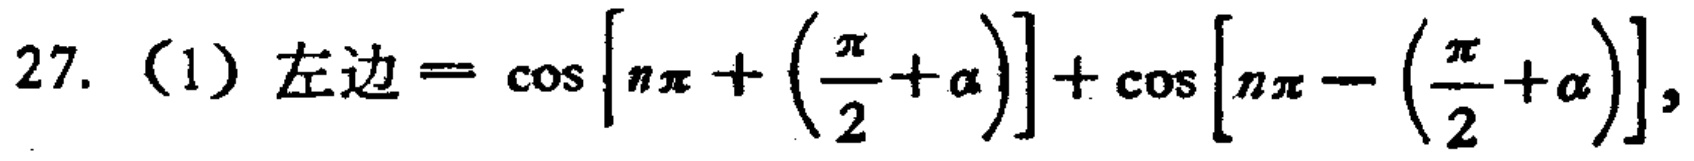
$27.\ (1)\ 左边 = \cos\left[n\pi+\left(\frac{\pi}{2}+\alpha\right)\right]+\cos\left[n\pi-\left(\frac{\pi}{2}+\alpha\right)\right],$